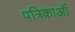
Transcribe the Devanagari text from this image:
पत्रिकाऑं